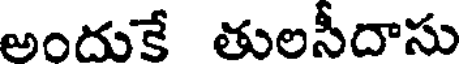
అందుకే తులసీదాసు